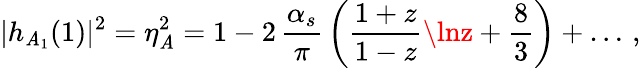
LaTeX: |h_{\mathit{A}_{1}}(1)|^{2}=\eta_{\mathit{A}}^{2}=1-2\, {\frac{{\alpha_{s}}}{{\pi}}}\, \bigg({\frac{{1+z}}{{1-z}}}\lnz+\frac{8}{3}\bigg)+\ldots\, ,